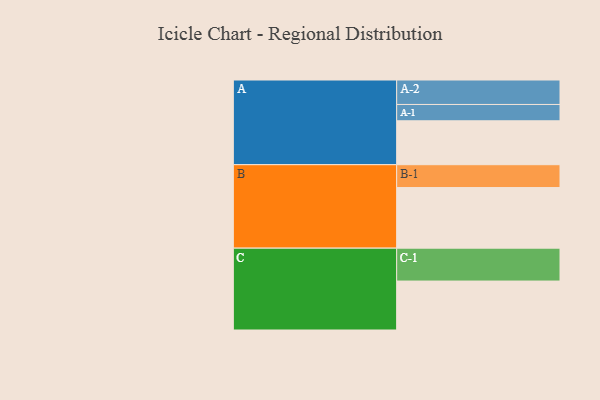
{"axis": {"x": "Segment", "y": "Value"}, "legend": ["", "A", "B", "C"], "data": [{"x": "A", "y": 323, "type": ""}, {"x": "B", "y": 446, "type": ""}, {"x": "C", "y": 360, "type": ""}, {"x": "A-1", "y": 120, "type": "A"}, {"x": "A-2", "y": 180, "type": "A"}, {"x": "B-1", "y": 168, "type": "B"}, {"x": "C-1", "y": 242, "type": "C"}]}